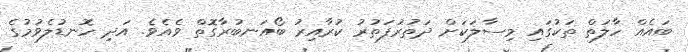
ބައެއް ހާލަތް ތަކުގައި މިސާލަކަށް ދަތުރުފަތުރު ކުރާއިރު ބޯއަނބުރާގޮތް ވެއެވެ. އަދި ހޮނޑުލެވުމުގެ